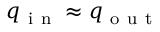
q _ { \mathrm { ~ i ~ n ~ } } \approx q _ { \mathrm { ~ o ~ u ~ t ~ } }